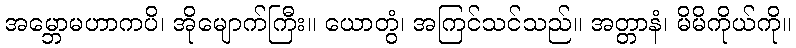
အမ္ဘောမဟာကပိ၊ အိုမျောက်ကြီး။ ယောတွံ၊ အကြင်သင်သည်။ အတ္တာနံ၊ မိမိကိုယ်ကို။